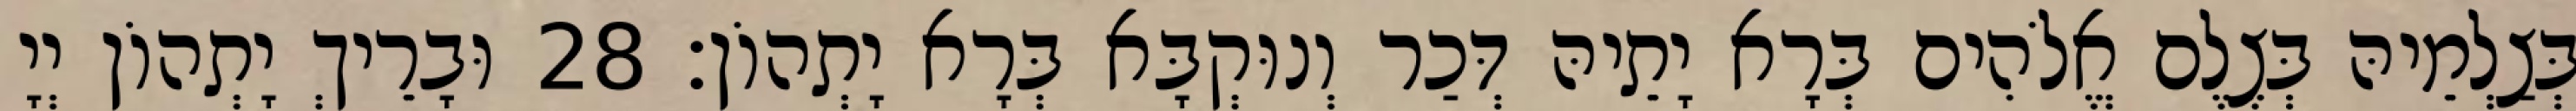
בְּצַלְמֵיהּ בְּצֶלֶם אֱלֹהִים בְּרָא יָתֵיהּ דְּכַר וְנוּקְבָּא בְּרָא יָתְהוֹן׃ 28 וּבָרֵיךְ יָתְהוֹן יְיָ